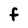
Character: F